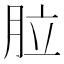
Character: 䏠